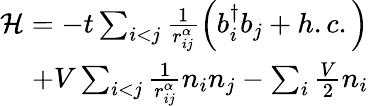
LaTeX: \begin{array}{r}{\mathcal{H}=-t\sum_{i<j}\frac{1}{r_{ij}^{\alpha}}\left(b_{i}^{\dagger}b_{j}+h.c.\right)}\\ {+V\sum_{i<j}\frac{1}{r_{ij}^{\alpha}}n_{i}n_{j}-\sum_{i}\frac{V}{2}n_{i}}\end{array}